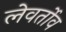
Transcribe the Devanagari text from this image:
लेवर्तोव